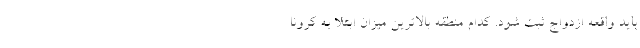
باید واقعه ازدواج ثبت شود. کدام منطقه بالاترین میزان ابتلا به کرونا